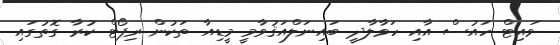
ވައިޓް ހައުސް އާއި ހަވާލާދީ ބައިނަލްއަޤުވާމީ މީޑިއާ ތަކުން ރިޕޯޓް ކުރާ ގޮތުގައި